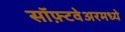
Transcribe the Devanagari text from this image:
सॉफ़्टवेअरमध्ये